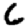
Digit: 6